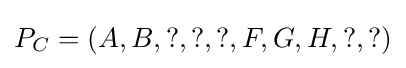
P_{C}=\left(A,B,?,?,?,F,G,H,?,?\right)